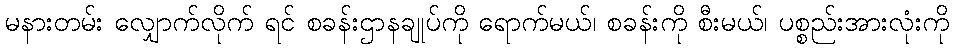
မနားတမ်း လျှောက်လိုက် ရင် စခန်းဌာနချုပ်ကို ရောက်မယ်၊ စခန်းကို စီးမယ်၊ ပစ္စည်းအားလုံးကို